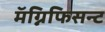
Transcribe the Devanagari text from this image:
मॅग्निफिसन्ट